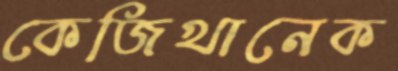
কেজিখানেক